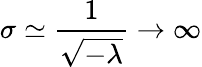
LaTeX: \sigma\simeq\frac{1}{\sqrt{-\lambda}}\rightarrow\infty